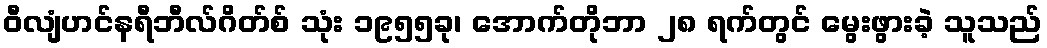
ဝီလျံဟင်နရီဘီလ်ဂိတ်စ် သုံး ၁၉၅၅ခု၊ အောက်တိုဘာ ၂၈ ရက်တွင် မွေးဖွားခဲ့ သူသည်